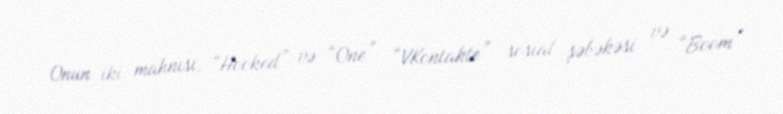
Onun iki mahnısı, “Hooked” və “One” “VKontakte” sosial şəbəkəsi və “Boom”